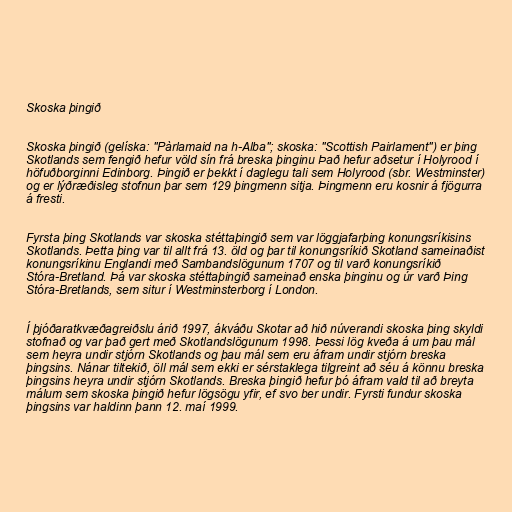
Skoska þingið

Skoska þingið (gelíska: "Pàrlamaid na h-Alba"; skoska: "Scottish Pairlament") er þing
Skotlands sem fengið hefur völd sín frá breska þinginu Það hefur aðsetur í Holyrood í
höfuðborginni Edinborg. Þingið er þekkt í daglegu tali sem Holyrood (sbr. Westminster)
og er lýðræðisleg stofnun þar sem 129 þingmenn sitja. Þingmenn eru kosnir á fjögurra
á fresti.

Fyrsta þing Skotlands var skoska stéttaþingið sem var löggjafarþing konungsríkisins
Skotlands. Þetta þing var til allt frá 13. öld og þar til konungsríkið Skotland sameinaðist
konungsríkinu Englandi með Sambandslögunum 1707 og til varð konungsríkið
Stóra-Bretland. Þá var skoska stéttaþingið sameinað enska þinginu og úr varð Þing
Stóra-Bretlands, sem situr í Westminsterborg í London.

Í þjóðaratkvæðagreiðslu árið 1997, ákváðu Skotar að hið núverandi skoska þing skyldi
stofnað og var það gert með Skotlandslögunum 1998. Þessi lög kveða á um þau mál
sem heyra undir stjórn Skotlands og þau mál sem eru áfram undir stjórn breska
þingsins. Nánar tiltekið, öll mál sem ekki er sérstaklega tilgreint að séu á könnu breska
þingsins heyra undir stjórn Skotlands. Breska þingið hefur þó áfram vald til að breyta
málum sem skoska þingið hefur lögsögu yfir, ef svo ber undir. Fyrsti fundur skoska
þingsins var haldinn þann 12. maí 1999.